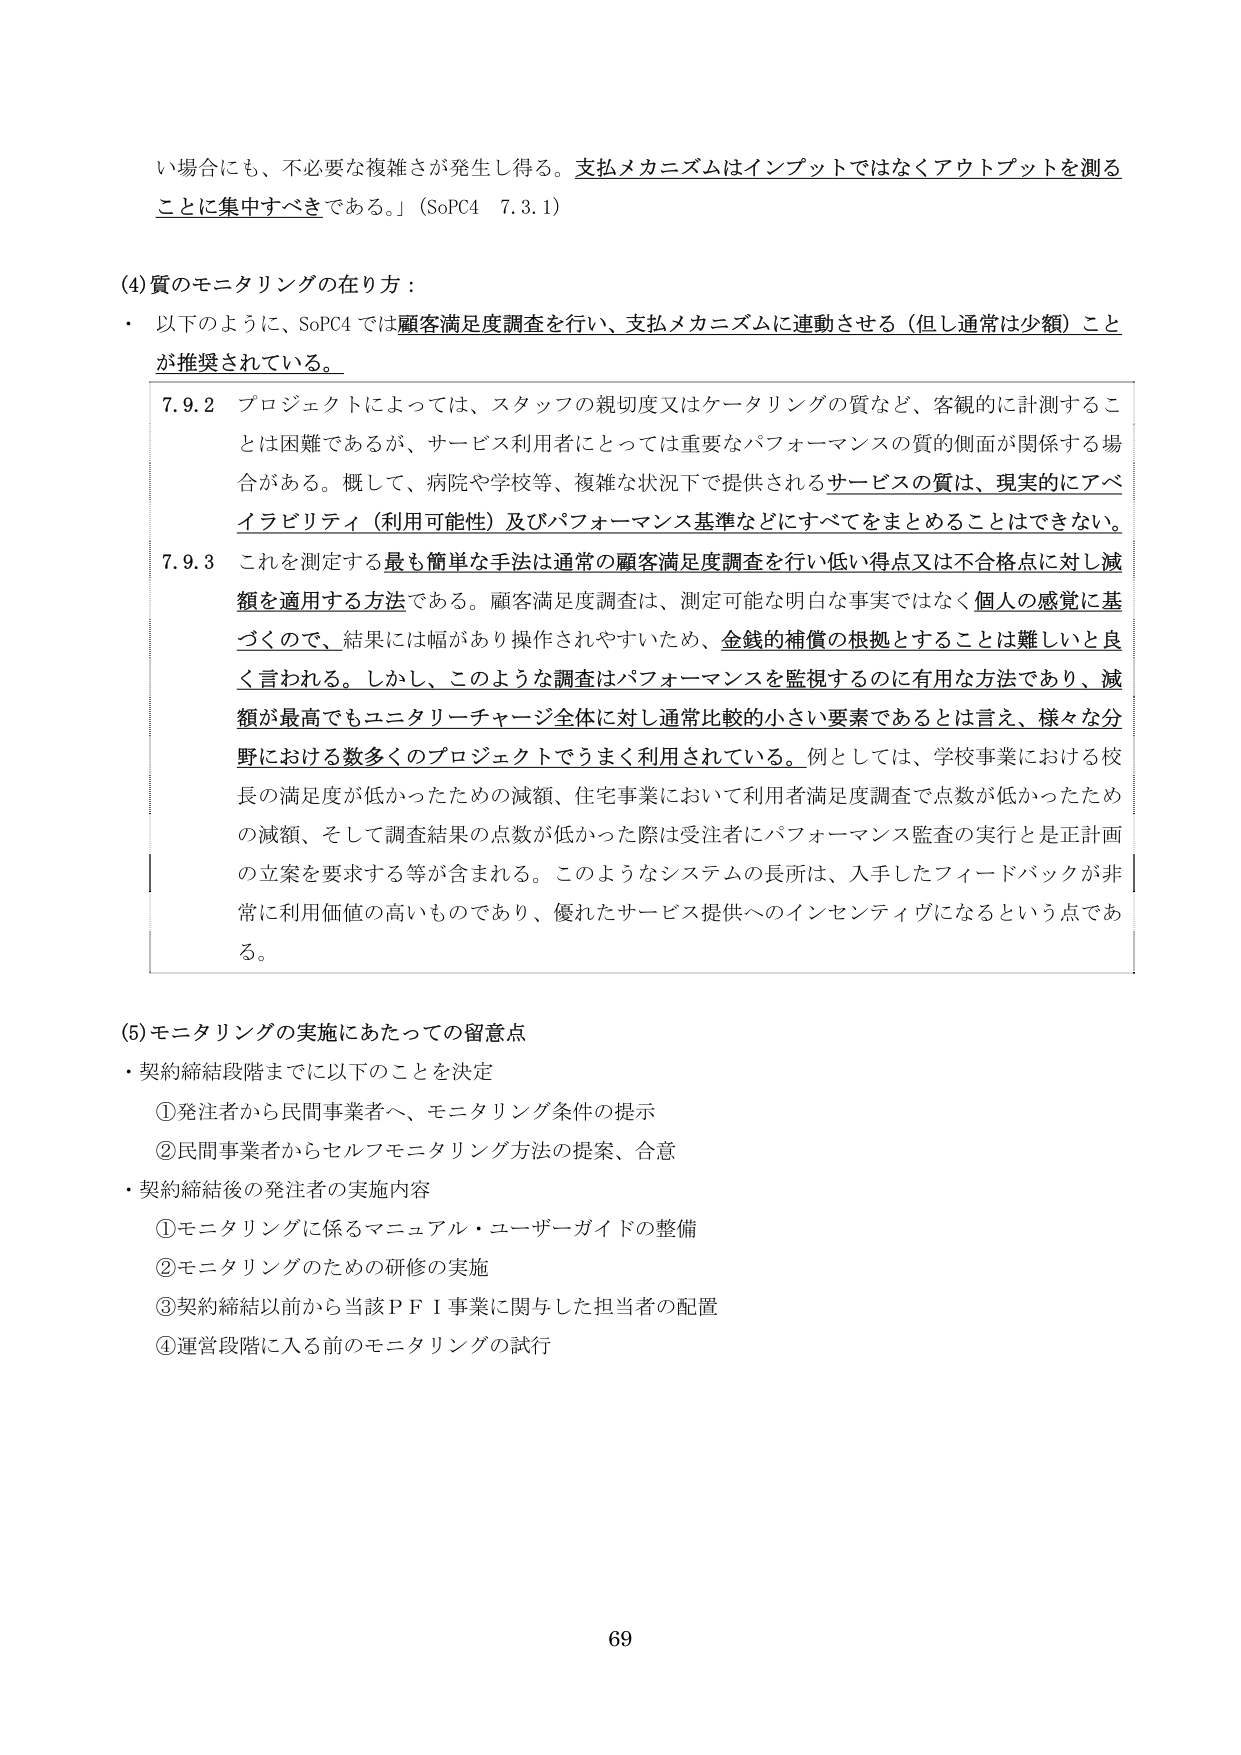
い場合にも、不必要な複雑さが発生し得る。支払メカニズムはインプットではなくアウトプットを測る
ことに集中すべきである。」（SoPC4 7.3.1）

(4)質のモニタリングの在り方：
・ 以下のように、SoPC4では顧客満足度調査を行い、支払メカニズムに連動させる（但し通常は少額）こと
が推奨されている。

7.9.2 プロジェクトによっては、スタッフの親切度又はケータリングの質など、客観的に計測するこ
とは困難であるが、サービス利用者にとっては重要なパフォーマンスの質的側面が関係する場
合がある。概して、病院や学校等、複雑な状況下で提供されるサービスの質は、現実的にアベ
イラビリティ（利用可能性）及びパフォーマンス基準などにすべてをまとめることはできない。

7.9.3 これを測定する最も簡単な手法は通常の顧客満足度調査を行い低い得点又は不合格点に対し減
額を適用する方法である。顧客満足度調査は、測定可能な明白な事実ではなく個人の感覚に基
づくので、結果には幅があり操作されやすいため、金銭的補償の根拠とすることは難しいと良
く言われる。しかし、このような調査はパフォーマンスを監視するのに有用な方法であり、減
額が最高でもユニタリーチャージ全体に対し通常比較的小さい要素であるとは言え、様々な分
野における数多くのプロジェクトでうまく利用されている。例としては、学校事業における校
長の満足度が低かったための減額、住宅事業において利用者満足度調査で点数が低かったため
の減額、そして調査結果の点数が低かった際は受注者にパフォーマンス監査の実行と是正計画
の立案を要求する等が含まれる。このようなシステムの長所は、入手したフィードバックが非
常に利用価値の高いものであり、優れたサービス提供へのインセンティブになるという点であ
る。

(5)モニタリングの実施にあたっての留意点
・契約締結段階までに以下のことを決定
　①発注者から民間事業者へ、モニタリング条件の提示
　②民間事業者からセルフモニタリング方法の提案、合意
・契約締結後の発注者の実施内容
　①モニタリングに係るマニュアル・ユーザーガイドの整備
　②モニタリングのための研修の実施
　③契約締結以前から当該ＰＦＩ事業に関与した担当者の配置
　④運営段階に入る前のモニタリングの試行

69